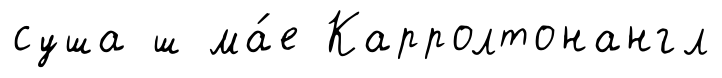
суша ш ма́е Карролтонангл